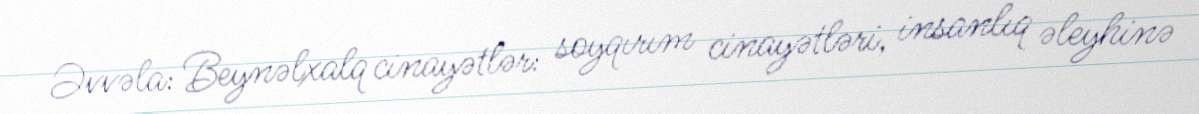
Əvvəla: Beynəlxalq cinayətlər: soyqırım cinayətləri, insanlıq əleyhinə